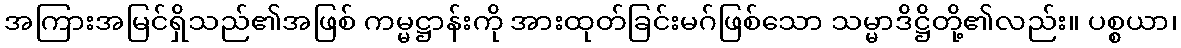
အကြားအမြင်ရှိသည်၏အဖြစ် ကမ္မဋ္ဌာန်းကို အားထုတ်ခြင်းမဂ်ဖြစ်သော သမ္မာဒိဋ္ဌိတို့၏လည်း။ ပစ္စယာ၊